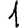
Digit: 1